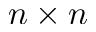
n \times n